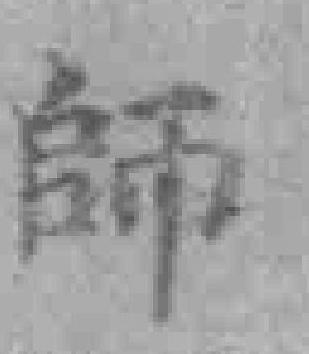
師